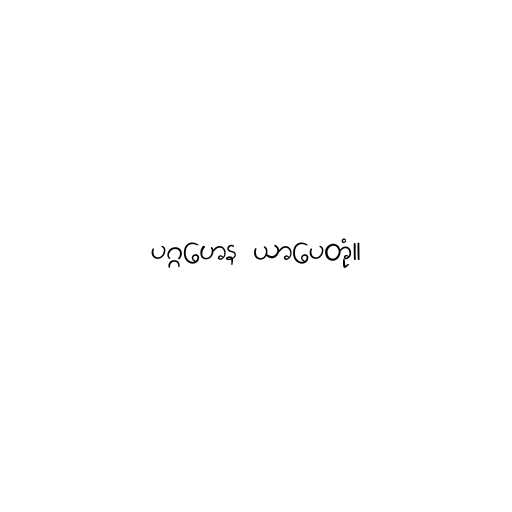
ပဂ္ဂဟေန ယာပေတုံ။